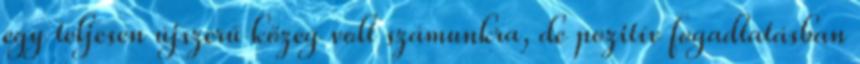
egy teljesen újszerű közeg volt számunkra, de pozitív fogadtatásban